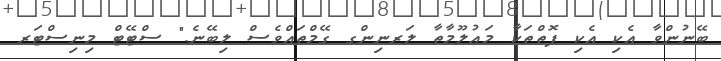
ބޭނުންވާ އެކި އެކި ފޮތްތަކާ މަޢުލޫމާތާ ލަރނިންގ ގޭމްތައްވެސް ލިބޭނެ." ސްޓޭޓް މިނިސްޓަރ